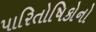
પારિતોષિકોનો